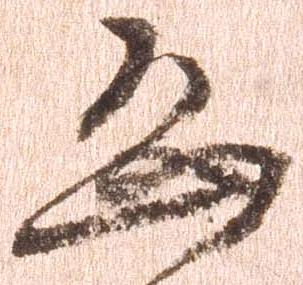
恐